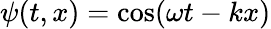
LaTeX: \psi(t,x)=\cos(\omega t-kx)